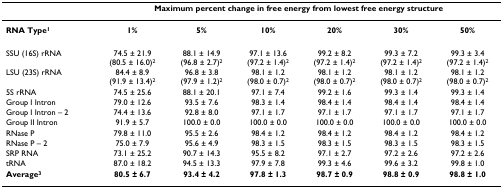
<table><thead><tr><td></td><td colspan="6"><b>Maximum percent change in free energy from lowest free energy structure</b></td></tr></thead><tbody><tr><td><b>RNA Type<sup>1</sup></b></td><td><b>1%</b></td><td><b>5%</b></td><td><b>10%</b></td><td><b>20%</b></td><td><b>30%</b></td><td><b>50%</b></td></tr><tr><td>SSU (16S) rRNA</td><td>74.5 ± 21.9 (80.5 ± 16.0)<sup>2</sup></td><td>88.1 ± 14.9 (96.8 ± 2.7)<sup>2</sup></td><td>97.1 ± 13.6 (97.2 ± 1.4)<sup>2</sup></td><td>99.2 ± 8.2 (97.2 ± 1.4)<sup>2</sup></td><td>99.3 ± 7.2 (97.2 ± 1.4)<sup>2</sup></td><td>99.3 ± 3.4 (97.2 ± 1.4)<sup>2</sup></td></tr><tr><td>LSU (23S) rRNA</td><td>84.4 ± 8.9 (91.9 ± 13.4)<sup>2</sup></td><td>96.8 ± 3.8 (97.9 ± 1.2)<sup>2</sup></td><td>98.1 ± 1.2 (98.0 ± 0.7)<sup>2</sup></td><td>98.1 ± 1.2 (98.0 ± 0.7)<sup>2</sup></td><td>98.1 ± 1.2 (98.0 ± 0.7)<sup>2</sup></td><td>98.1 ± 1.2 (98.0 ± 0.7)<sup>2</sup></td></tr><tr><td>5S rRNA</td><td>74.5 ± 25.6</td><td>88.1 ± 20.1</td><td>97.1 ± 7.4</td><td>99.2 ± 1.6</td><td>99.3 ± 1.4</td><td>99.3 ± 1.4</td></tr><tr><td>Group I Intron</td><td>79.0 ± 12.6</td><td>93.5 ± 7.6</td><td>98.3 ± 1.4</td><td>98.4 ± 1.4</td><td>98.4 ± 1.4</td><td>98.4 ± 1.4</td></tr><tr><td>Group I Intron – 2</td><td>74.4 ± 13.6</td><td>92.8 ± 8.0</td><td>97.1 ± 1.7</td><td>97.1 ± 1.7</td><td>97.1 ± 1.7</td><td>97.1 ± 1.7</td></tr><tr><td>Group II Intron</td><td>91.9 ± 5.7</td><td>100.0 ± 0.0</td><td>100.0 ± 0.0</td><td>100.0 ± 0.0</td><td>100.0 ± 0.0</td><td>100.0 ± 0.0</td></tr><tr><td>RNase P</td><td>79.8 ± 11.0</td><td>95.5 ± 2.6</td><td>98.4 ± 1.2</td><td>98.4 ± 1.2</td><td>98.4 ± 1.2</td><td>98.4 ± 1.2</td></tr><tr><td>RNase P – 2</td><td>75.0 ± 7.9</td><td>95.6 ± 4.9</td><td>98.3 ± 1.5</td><td>98.3 ± 1.5</td><td>98.3 ± 1.5</td><td>98.3 ± 1.5</td></tr><tr><td>SRP RNA</td><td>73.1 ± 25.2</td><td>90.7 ± 14.3</td><td>95.5 ± 8.2</td><td>97.1 ± 2.7</td><td>97.2 ± 2.6</td><td>97.2 ± 2.6</td></tr><tr><td>tRNA</td><td>87.0 ± 18.2</td><td>94.5 ± 13.3</td><td>97.9 ± 7.8</td><td>99.3 ± 4.6</td><td>99.6 ± 3.2</td><td>99.8 ± 1.0</td></tr><tr><td><b>Average<sup>3</sup></b></td><td><b>80.5 ± 6.7</b></td><td><b>93.4 ± 4.2</b></td><td><b>97.8 ± 1.3</b></td><td><b>98.7 ± 0.9</b></td><td><b>98.8 ± 0.9</b></td><td><b>98.8 ± 1.0</b></td></tr></tbody></table>